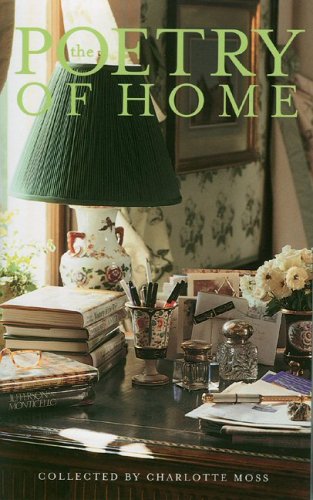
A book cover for The Poetry of Home; Charlotte Moss; Crafts, Hobbies & Home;